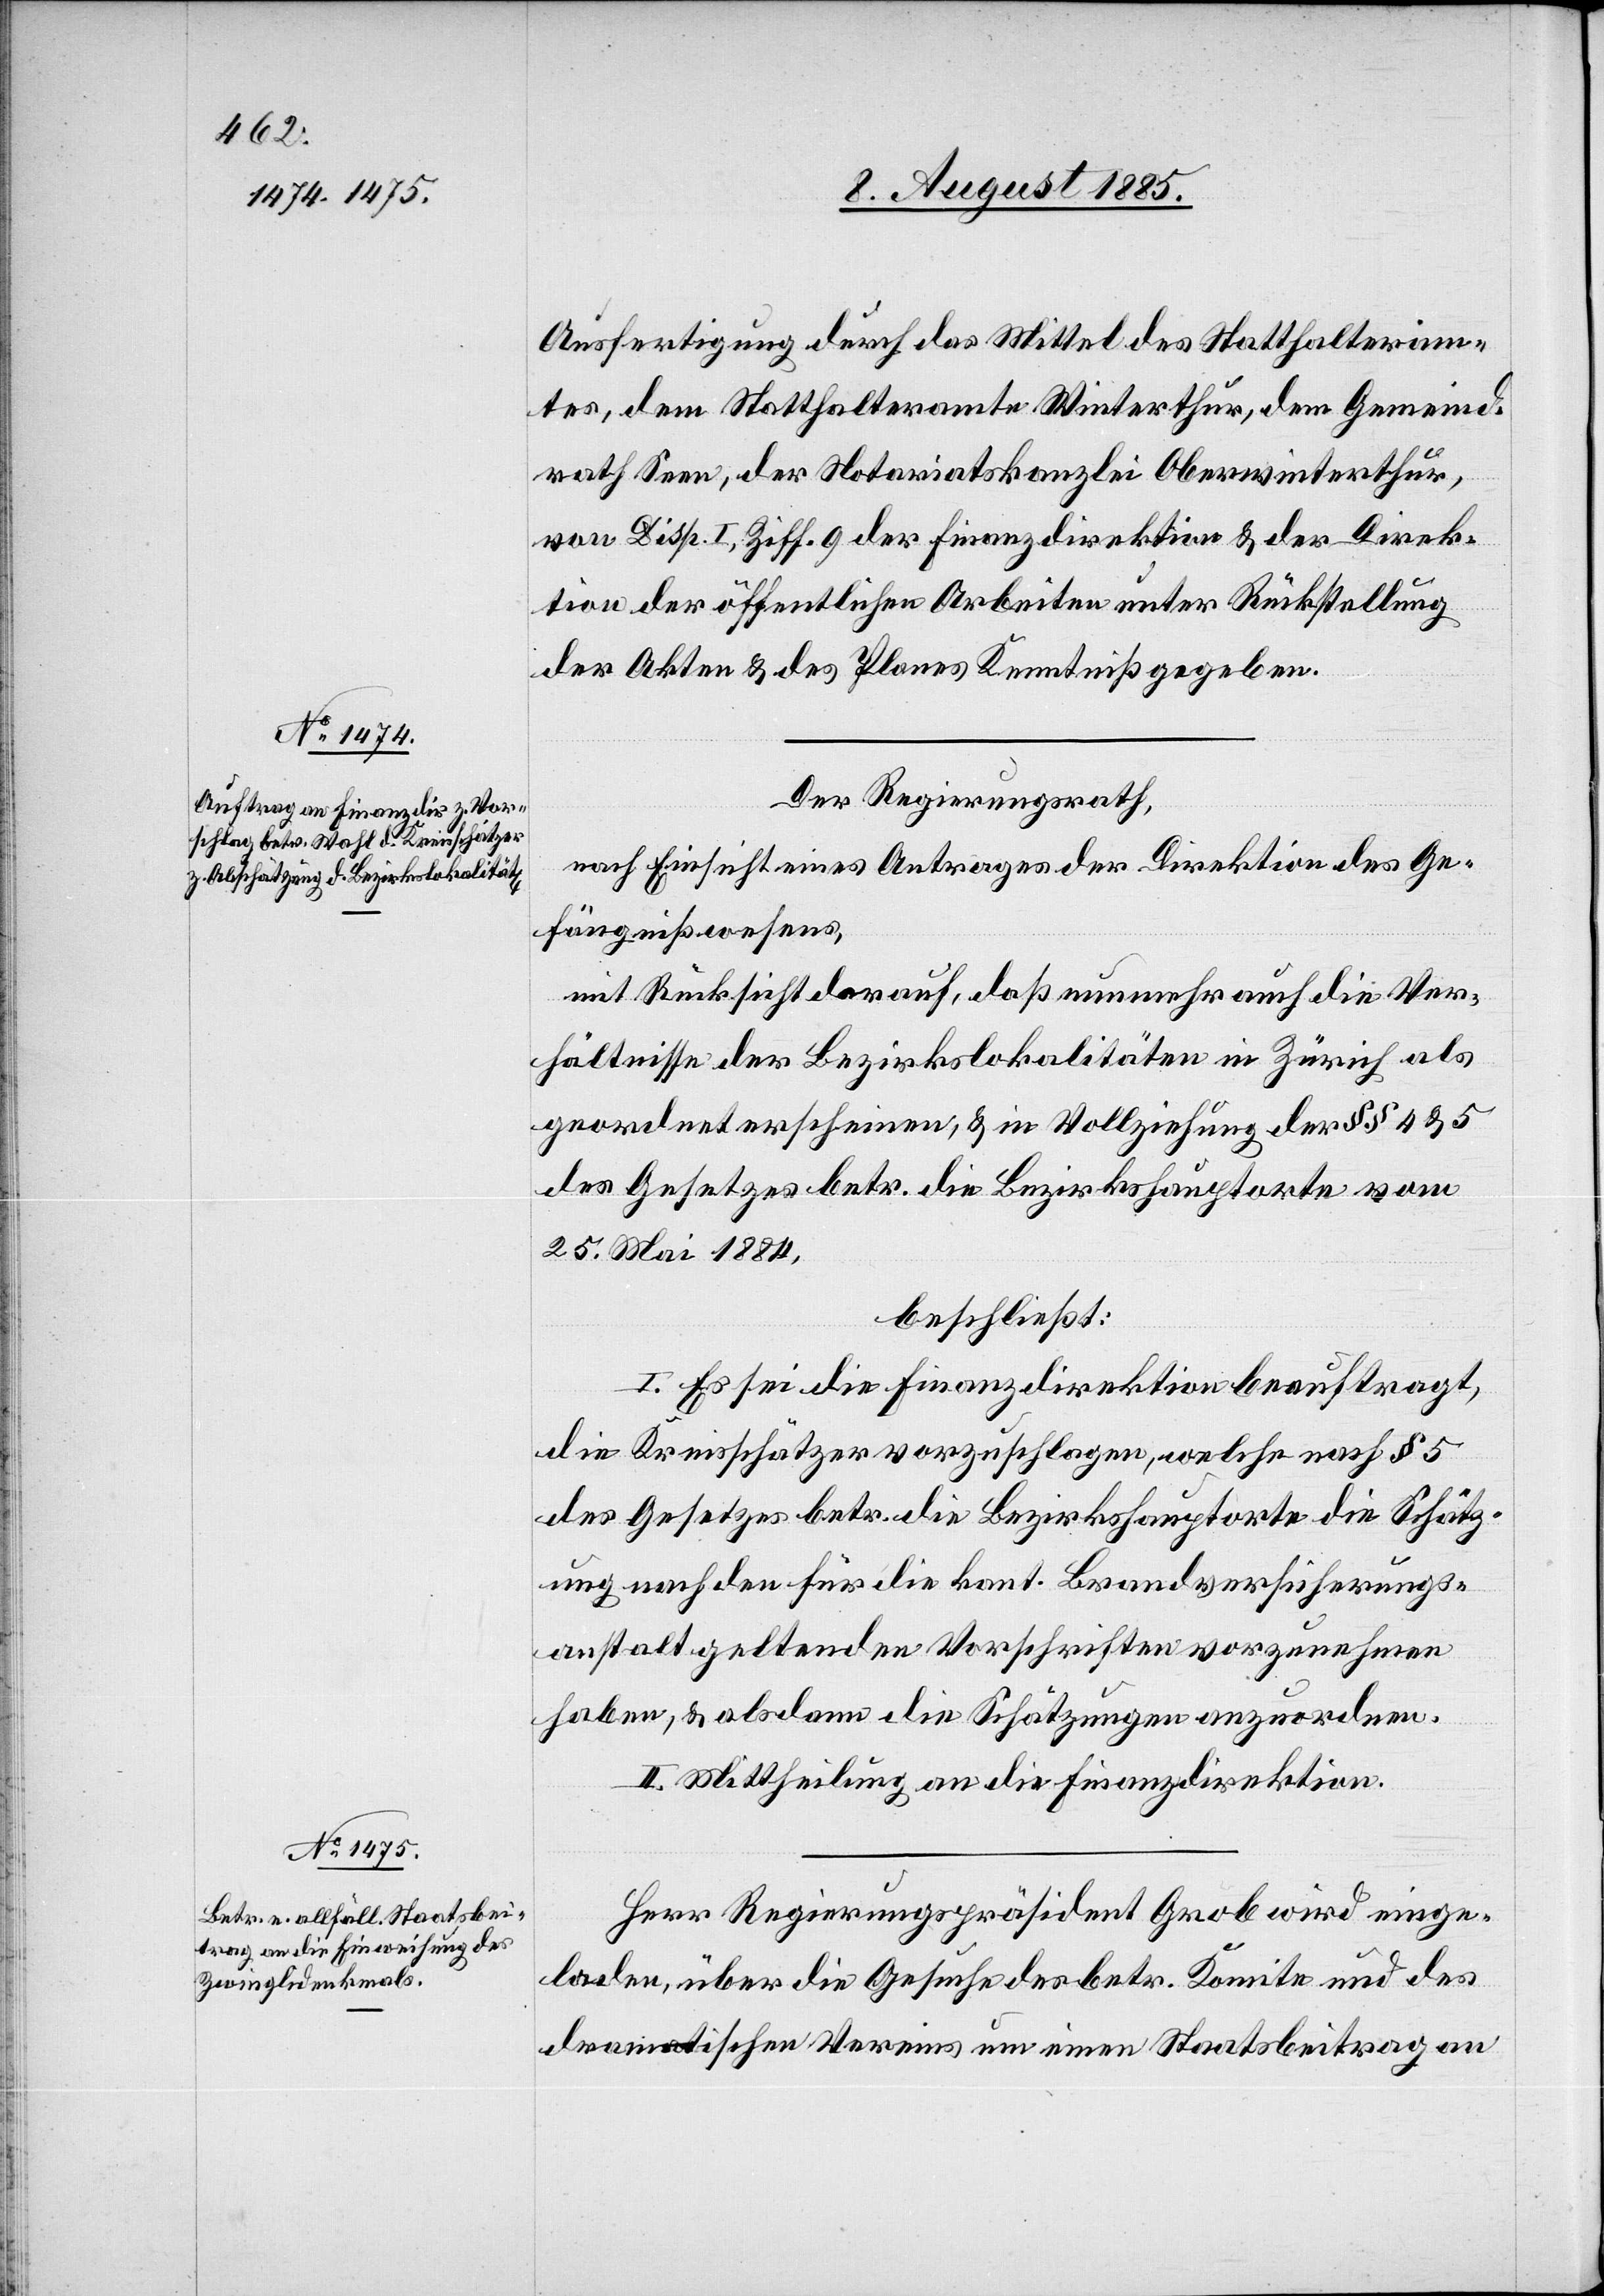
Ausfertigung durch das Mittel des Statthalteram¬
tes, dem Statthalteramte Winterthur, dem Gemeind¬
rath Seen, der Notariatskanzlei Oberwinterthur,
von Disp. I, Ziff. 9 der Finanzdirektion & der Direk¬
tion der öffentlichen Arbeiten unter Rückstellung
der Akten & des Planes Kenntniß gegeben.
Der Regierungsrath,
nach Einsicht eines Antrages der Direktion des Ge¬
fängnißwesens,
mit Rücksicht darauf, daß nunmehr auch die Ver¬
hältnisse der Bezirkslokalitäten in Zürich als
geordnet erscheinen, & in Vollziehung der §§ 4 & 5
des Gesetzes betr. die Bezirkshauptorte vom
25. Mai 1884,
beschließt:
I. Es sei die Finanzdirektion beauftragt,
die Kreisschätzer vorzuschlagen, welche nach § 5
des Gesetzes betr. die Bezirkshauptorte die Schätz¬
ung nach den für die kant. Brandversicherungs¬
anstalt geltenden Vorschriften vorzunehmen
haben, & als dann die Schätzungen anzuordnen.
II. Mittheilung an die Finanzdirektion.
Herr Regierungspräsident Grob wird einge¬
laden, über die Gesuche des betr. Komitee und des
dramatischen Vereins um einen Staatsbeitrag an